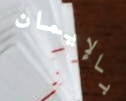
بالإيمان